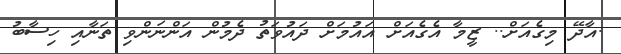
.އާދޭ މިގެއަށް.. ޒީމާ އެގެއަށް އައުމަށް ދައުވަތު ދެމުން އަންނަންވި ތަނާއި ހިސާބު